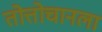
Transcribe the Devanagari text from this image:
तोत्तोचानला